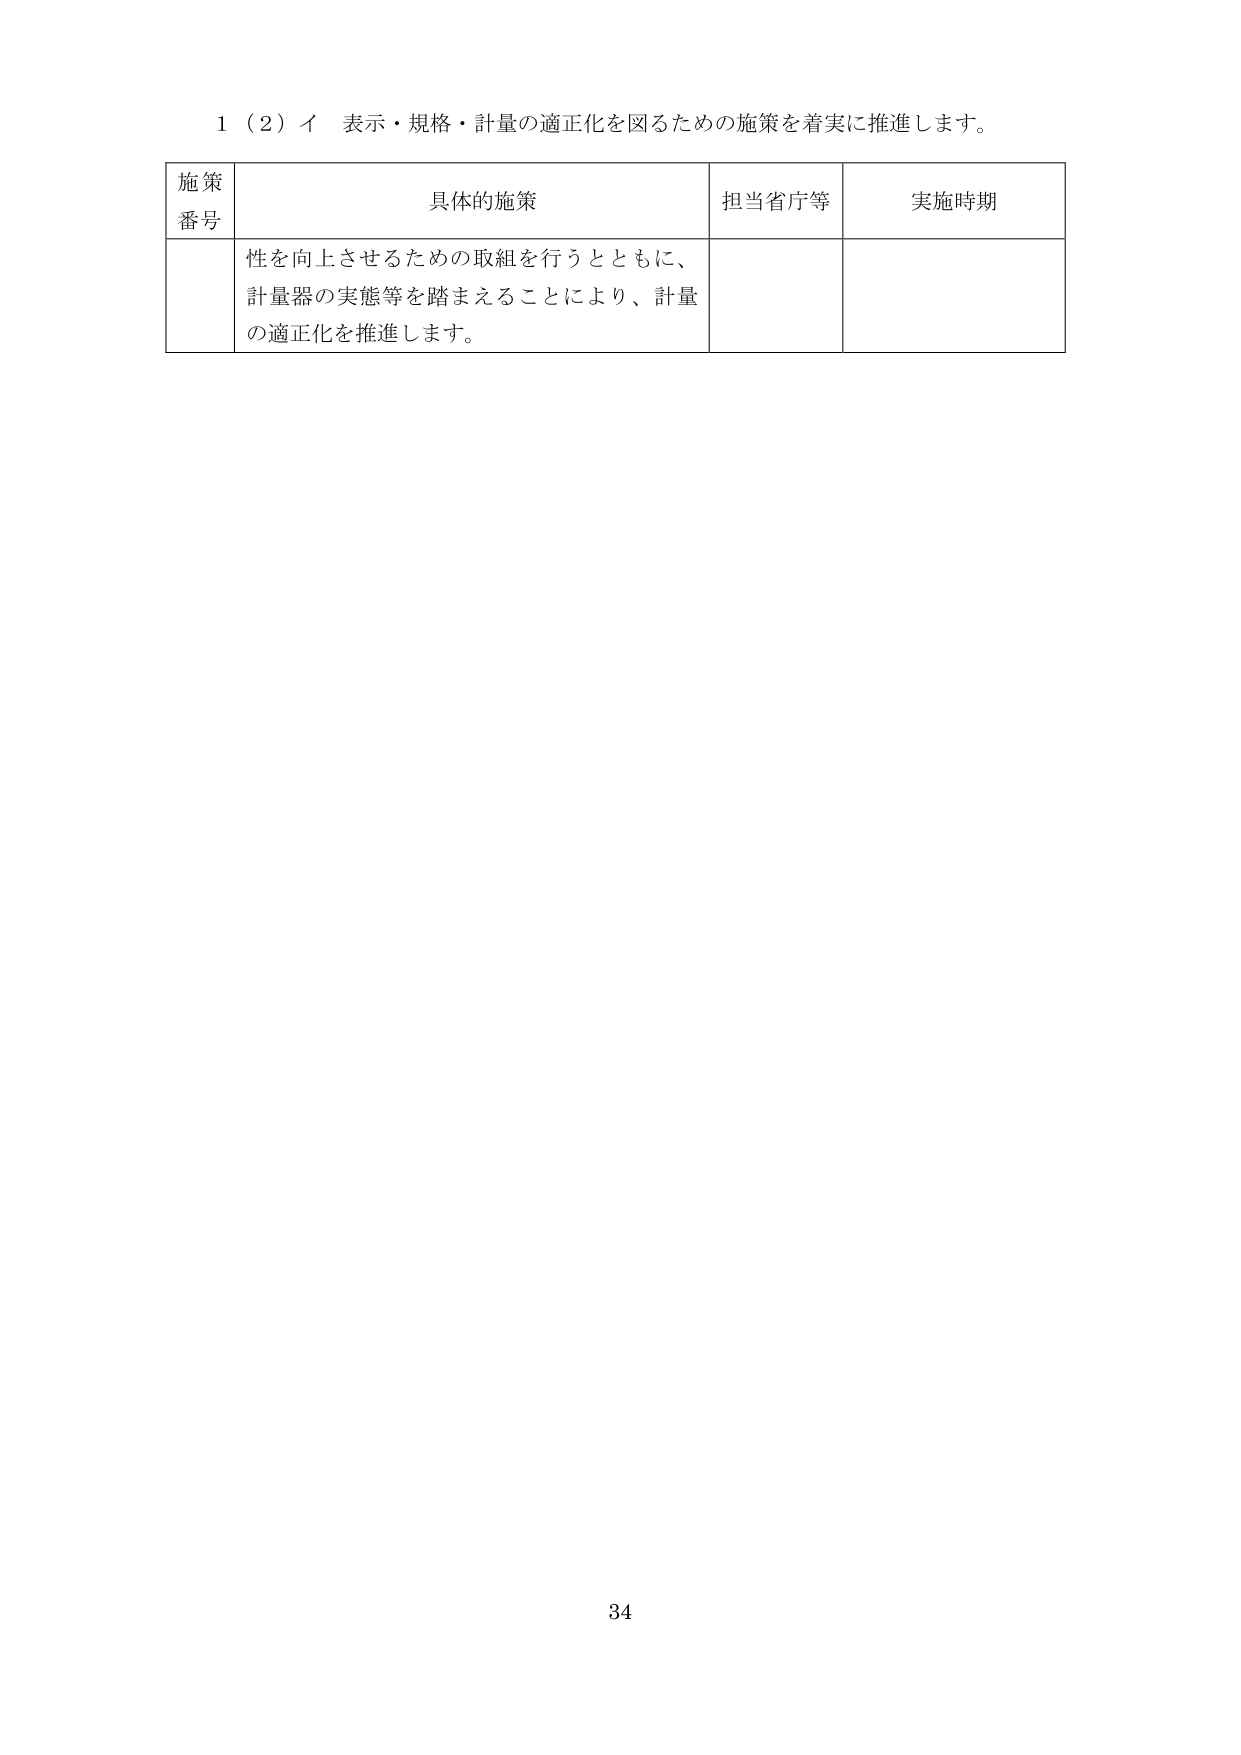
1（2）イ 表示・規格・計量の適正化を図るための施策を着実に推進します。

施策
番号	具体的施策	担当省庁等	実施時期
	性を向上させるための取組を行うとともに、
計量器の実態等を踏まえることにより、計量
の適正化を推進します。

34